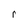
Character: r